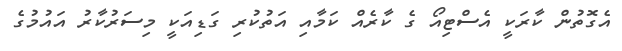
އެގޮތުން ކާރަކީ އެސްޓިއޯ ގެ ކާރެއް ކަމާއި އަތުކުރި ގަޑިއަކީ މިސަރުކާރު އައުމުގެ